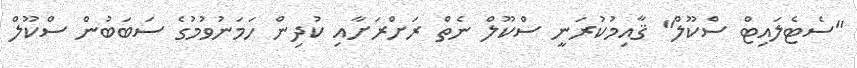
"ސެޓެލައިޓް ސްކޫލް" ޤާއިމުކުރަނީ ސްކޫލް ނެތް ރަށްރަށާއި ކުދިން ހަމަނުވުމުގެ ސަބަބުން ސްކޫލް